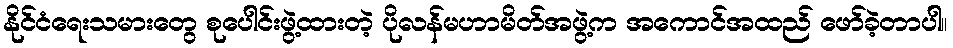
နိုင်ငံရေးသမားတွေ စုပေါင်းဖွဲ့ထားတဲ့ ပိုလန်မဟာမိတ်အဖွဲ့က အကောင်အထည် ဖော်ခဲ့တာပါ။